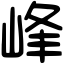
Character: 峰